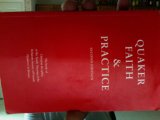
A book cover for Quaker Faith and Practice; Garth Graves; Christian Books & Bibles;